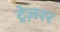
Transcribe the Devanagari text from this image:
ट्रेज़रर